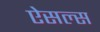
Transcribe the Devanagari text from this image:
ऐसल्स